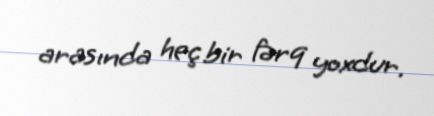
arasında heç bir fərq yoxdur.